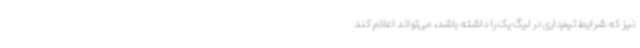
نیز که شرایط تیم‌داری در لیگ یک را داشته باشد، می‌تواند اعلام کند